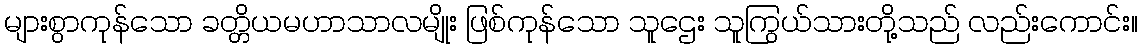
များစွာကုန်သော ခတ္တိယမဟာသာလမျိုး ဖြစ်ကုန်သော သူဌေး သူကြွယ်သားတို့သည် လည်းကောင်း။